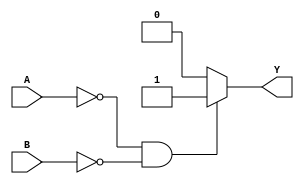
module Nor_Gate(
  output reg Y, 
  input A, B);
always @ (A or B) begin
    if (A == 1'b0 & B == 1'b0) begin
        Y = 1'b1;
    end
    else 
        Y = 1'b0; 
end
endmodule